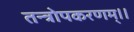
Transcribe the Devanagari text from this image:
तन्त्रोपकरणम्।।